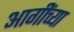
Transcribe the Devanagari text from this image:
आगींच्या